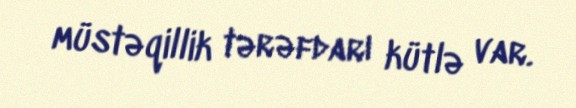
müstəqillik tərəfdarı kütlə var.